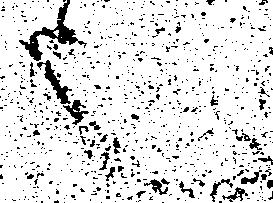
也